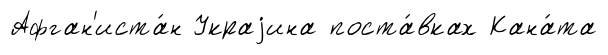
Афган'иста́н Украjина поста́вках Кана́та